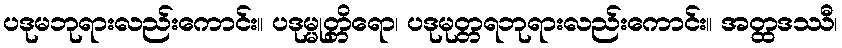
ပဒုမဘုရားလည်းကောင်း။ ပဒုမ္မုတ္တိရော၊ ပဒုမုတ္တရဘုရားလည်းကောင်း။ အတ္ထဒဿီ၊